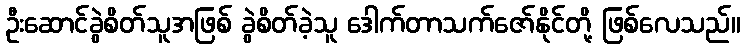
ဦးဆောင်ခွဲစိတ်သူအဖြစ် ခွဲစိတ်ခဲ့သူ ဒေါက်တာသက်ဇော်နိုင်တို့ ဖြစ်လေသည်။